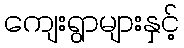
ကျေးရွာများနှင့်